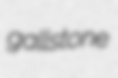
gallstone